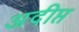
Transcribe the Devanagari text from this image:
अदीप्त